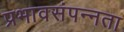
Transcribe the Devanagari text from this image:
प्रभावसंपन्नता